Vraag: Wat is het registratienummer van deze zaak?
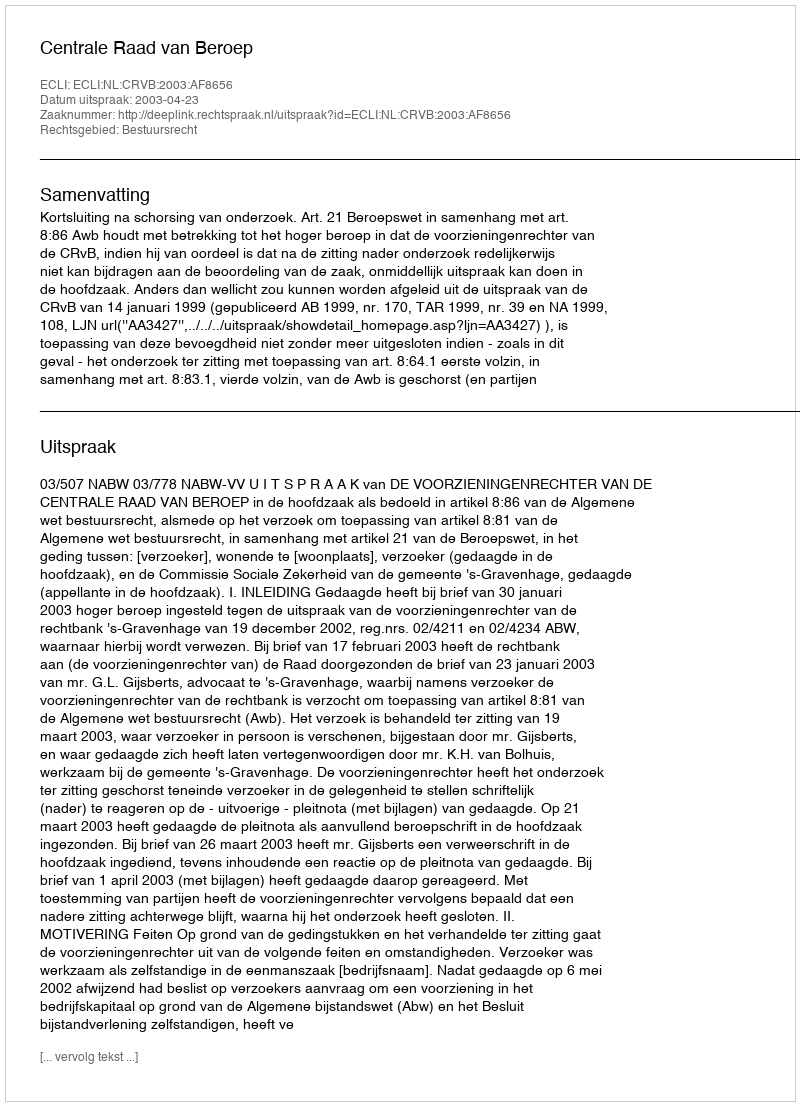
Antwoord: http://deeplink.rechtspraak.nl/uitspraak?id=ECLI:NL:CRVB:2003:AF8656